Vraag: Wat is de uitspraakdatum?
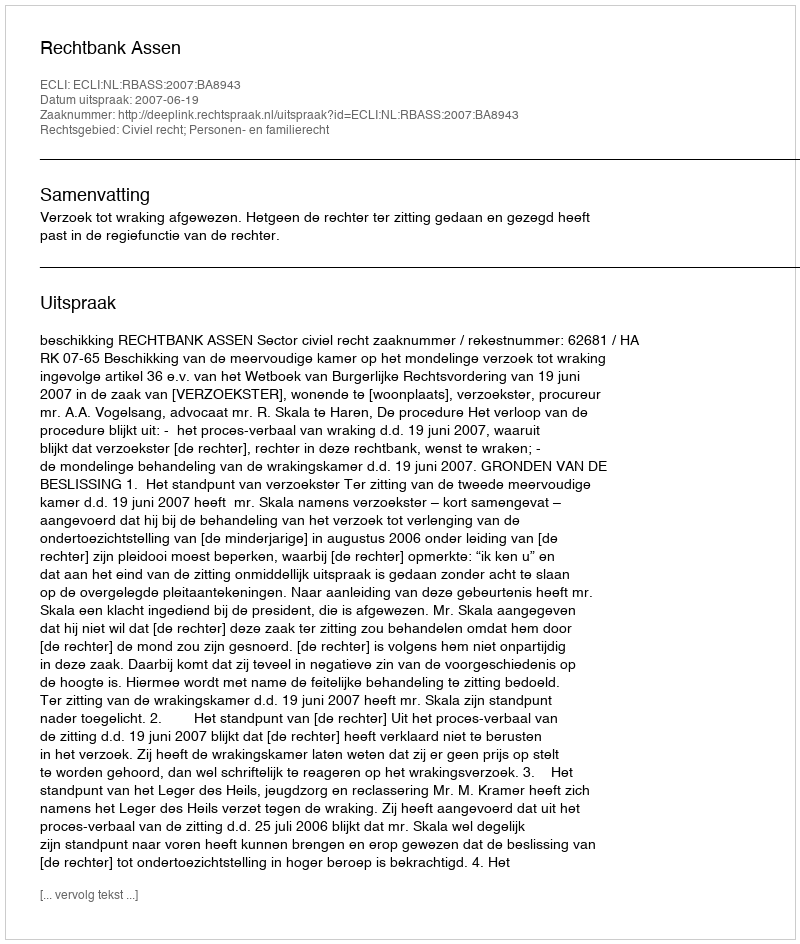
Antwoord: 2007-06-19